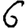
Digit: 6